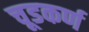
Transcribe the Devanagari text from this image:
चूडकर्ण